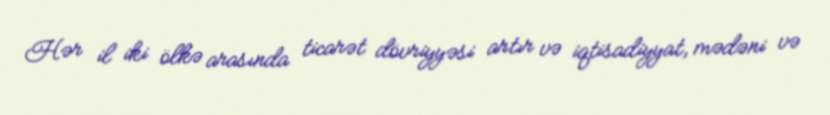
Hər il iki ölkə arasında ticarət dövriyyəsi artır və iqtisadiyyat, mədəni və